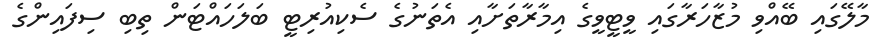
މާލޭގައި ބޭއްވި މުޒާހަރާގައި ވީޓީވީގެ އިމާރާތަށާއި އެތަނުގެ ސެކިއުރިޓީ ބަލަހައްޓަން ތިބި ސިފައިންގެ